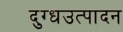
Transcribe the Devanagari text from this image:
दुग्धउत्पादन